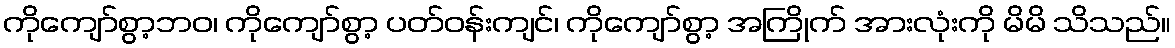
ကိုကျော်စွာ့ဘဝ၊ ကိုကျော်စွာ့ ပတ်ဝန်းကျင်၊ ကိုကျော်စွာ့ အကြိုက် အားလုံးကို မိမိ သိသည်။